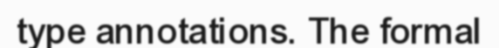
type annotations. The formal